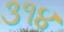
૩૧૪